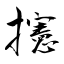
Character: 攇